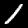
Digit: 1